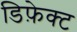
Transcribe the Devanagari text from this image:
डिफ़ेक्ट